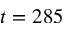
t = 2 8 5